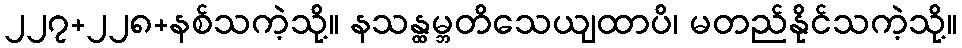
၂၂၇+၂၂၈+နစ်သကဲ့သို့။ နသန္ထမ္ဘတိသေယျထာပိ၊ မတည်နိုင်သကဲ့သို့။